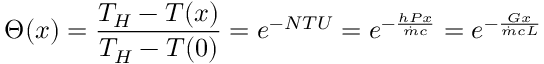
\Theta ( x ) = { \frac { T _ { H } - T ( x ) } { T _ { H } - T ( 0 ) } } = e ^ { - N T U } = e ^ { - { \frac { h P x } { { \dot { m } } c } } } = e ^ { - { \frac { G x } { { \dot { m } } c L } } }